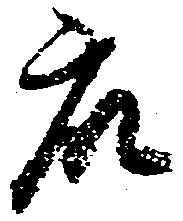
衆